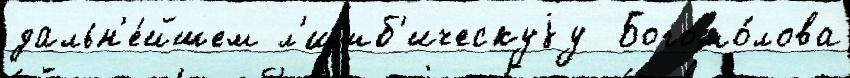
дальн'е́йшем л'имб'ическуjу  Богомо́лова